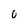
Character: O